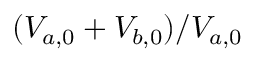
( V _ { a , 0 } + V _ { b , 0 } ) / V _ { a , 0 }